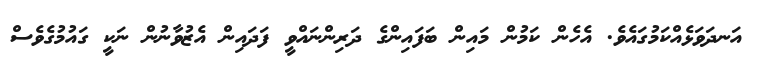
އަނދަވަޅެއްކަމުގައެވެ. އެހެން ކަމުން މައިން ބަފައިންގެ ދަރިންނައްވީ ފަދައިން އެޒުވާނުން ނަކީ ގައުމުގެވެސް